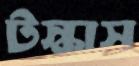
টস্‌কাস